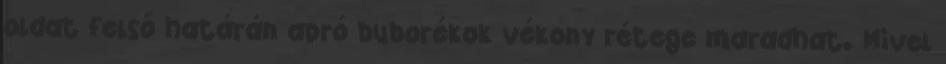
oldat felső határán apró buborékok vékony rétege maradhat. Mivel